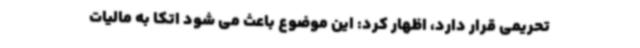
تحریمی قرار دارد، اظهار کرد: این موضوع باعث می شود اتکا به مالیات